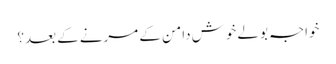
خواجہ بولے خوش دامن کے مرنے کے بعد؟